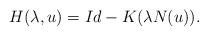
LaTeX: \begin{align*}H(\lambda,u) = Id - K(\lambda N(u)).\end{align*}